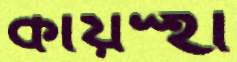
কায়স্হা